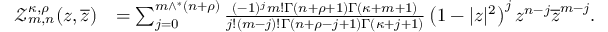
\begin{array} { r l } { \mathcal { Z } _ { m , n } ^ { \kappa , \rho } ( z , \overline { { z } } ) } & { = \sum _ { j = 0 } ^ { m \wedge ^ { * } ( n + \rho ) } \frac { ( - 1 ) ^ { j } m ! \Gamma ( n + \rho + 1 ) \Gamma ( \kappa + m + 1 ) } { j ! ( m - j ) ! \Gamma ( n + \rho - j + 1 ) \Gamma ( \kappa + j + 1 ) } \left( 1 - | z | ^ { 2 } \right) ^ { j } z ^ { n - j } \overline { { z } } ^ { m - j } . } \end{array}